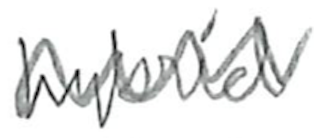
Text: hybrid
Cross-out: zig-zag
Writing tool: pencil